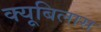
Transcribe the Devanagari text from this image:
क्यूबिलास